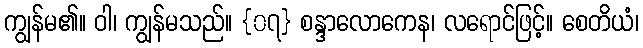
ကျွန်မ၏။ ဝါ၊ ကျွန်မသည်။ {၀၇} စန္ဒာလောကေန၊ လရောင်ဖြင့်။ စေတိယံ၊